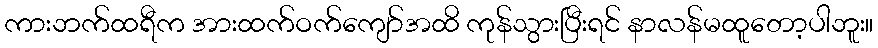
ကားဘက်ထရီက အားထက်ဝက်ကျော်အထိ ကုန်သွားပြီးရင် နာလန်မထူတော့ပါဘူး။